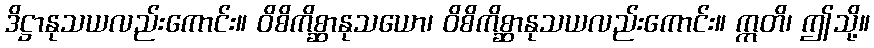
ဒိဋ္ဌာနုသယလည်းကောင်း။ ဝိစိကိစ္ဆာနုသယော၊ ဝိစိကိစ္ဆာနုသယလည်းကောင်း။ ဣတိ၊ ဤသို့။